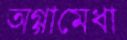
অগ্গামেধা